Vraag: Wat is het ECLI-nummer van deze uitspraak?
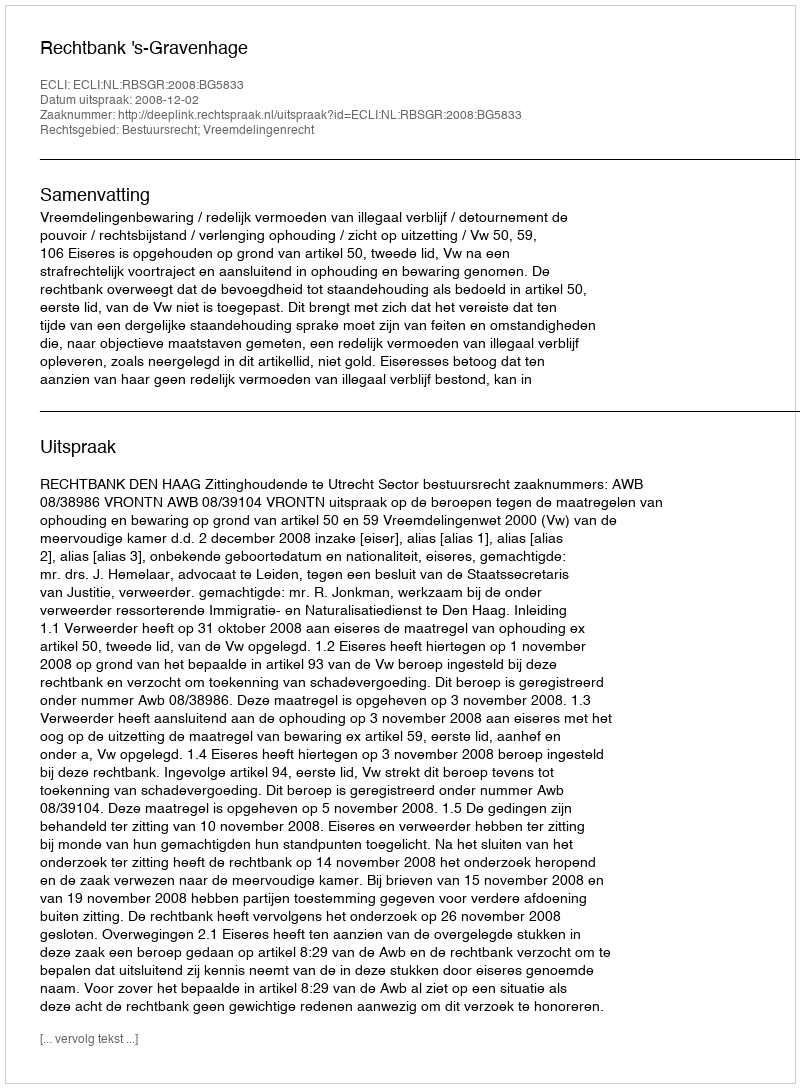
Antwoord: ECLI:NL:RBSGR:2008:BG5833